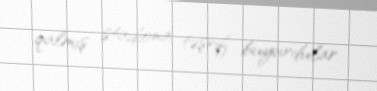
qalmış stadiona təşrif buyurdular.